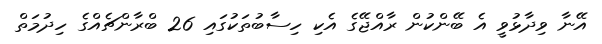
އޭނާ ވިދާޅުވީ އެ ބޭންކުން ރާއްޖޭގެ އެކި ހިސާބުތަކުގައި 26 ބްރާންޗެއްގެ ހިދުމަތް